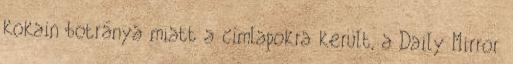
kokain botránya miatt a címlapokra került, a Daily Mirror